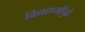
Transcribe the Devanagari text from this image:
विद्यार्थ्यांपुढे